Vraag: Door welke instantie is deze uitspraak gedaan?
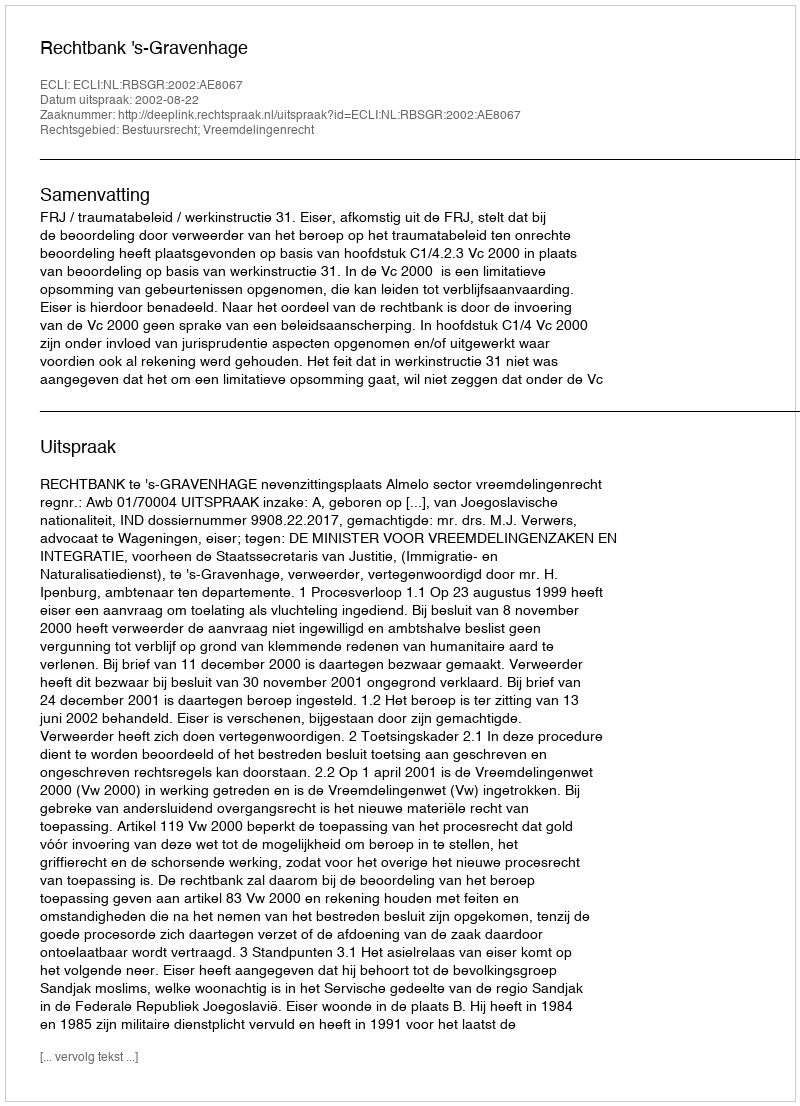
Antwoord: Rechtbank 's-Gravenhage